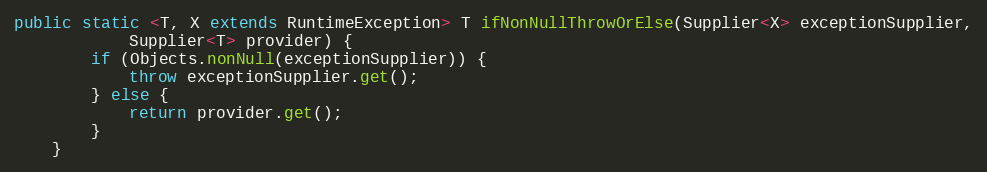
Language: Java
public static <T, X extends RuntimeException> T ifNonNullThrowOrElse(Supplier<X> exceptionSupplier,
            Supplier<T> provider) {
        if (Objects.nonNull(exceptionSupplier)) {
            throw exceptionSupplier.get();
        } else {
            return provider.get();
        }
    }